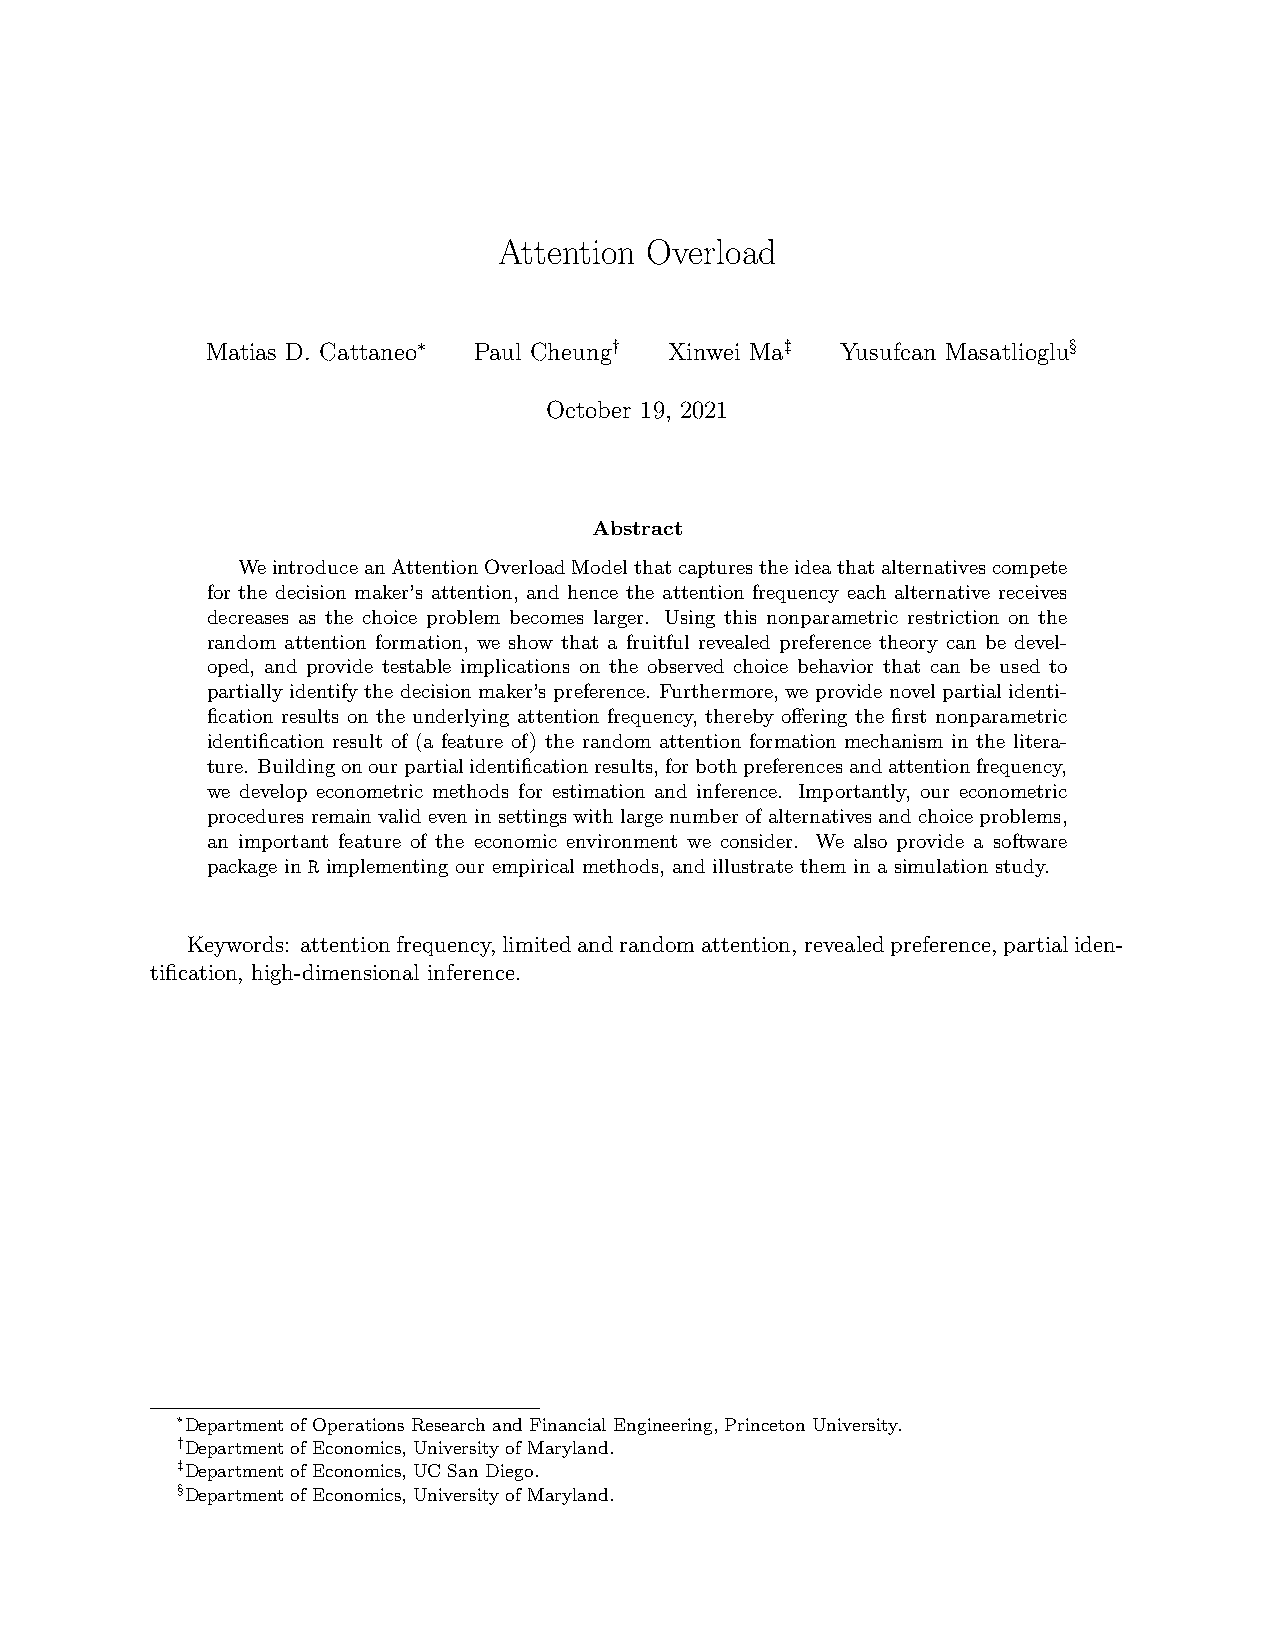
Attention Overload
 Matias D. Cattaneo∗ Paul Cheung† Xinwei Ma‡ Yusufcan Masatlioglu§
 October 19, 2021
 Abstract
 WeintroduceanAttentionOverloadModelthatcapturestheideathatalternativescompete
 for the decision maker’s attention, and hence the attention frequency each alternative receives
 decreases as the choice problem becomes larger. Using this nonparametric restriction on the
 random attention formation, we show that a fruitful revealed preference theory can be devel-
 oped, and provide testable implications on the observed choice behavior that can be used to
 partially identify the decision maker’s preference. Furthermore, we provide novel partial identi-
 fication results on the underlying attention frequency, thereby offering the first nonparametric
 identification result of (a feature of) the random attention formation mechanism in the litera-
 ture. Buildingonourpartialidentificationresults,forbothpreferencesandattentionfrequency,
 we develop econometric methods for estimation and inference. Importantly, our econometric
 proceduresremainvalideveninsettingswithlargenumberofalternativesandchoiceproblems,
 an important feature of the economic environment we consider. We also provide a software
 package in R implementing our empirical methods, and illustrate them in a simulation study.
 Keywords: attentionfrequency,limitedandrandomattention,revealedpreference,partialiden-
 tification, high-dimensional inference.
 ∗Department of Operations Research and Financial Engineering, Princeton University.
 †Department of Economics, University of Maryland.
 ‡Department of Economics, UC San Diego.
 §Department of Economics, University of Maryland.